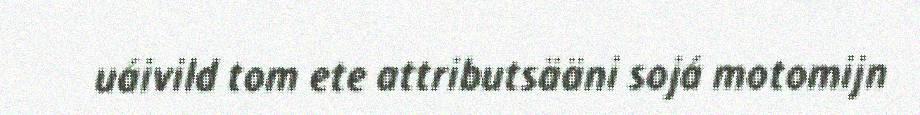
uáivild tom ete attributsääni sojá motomijn